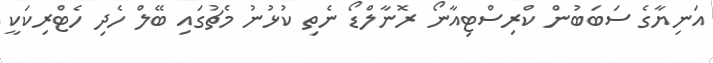
އަނިޔާގެ ސަބަބުން ކްރިސްޓިއާނޯ ރޮނާލްޑޯ ނެތި ކުޅުނު މެޗުގައި ބޭލް ހެދި ހެޓްރިކަކީ